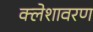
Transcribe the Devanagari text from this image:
क्लेशावरण